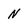
Character: N